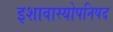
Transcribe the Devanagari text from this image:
इशावास्योपनिषद